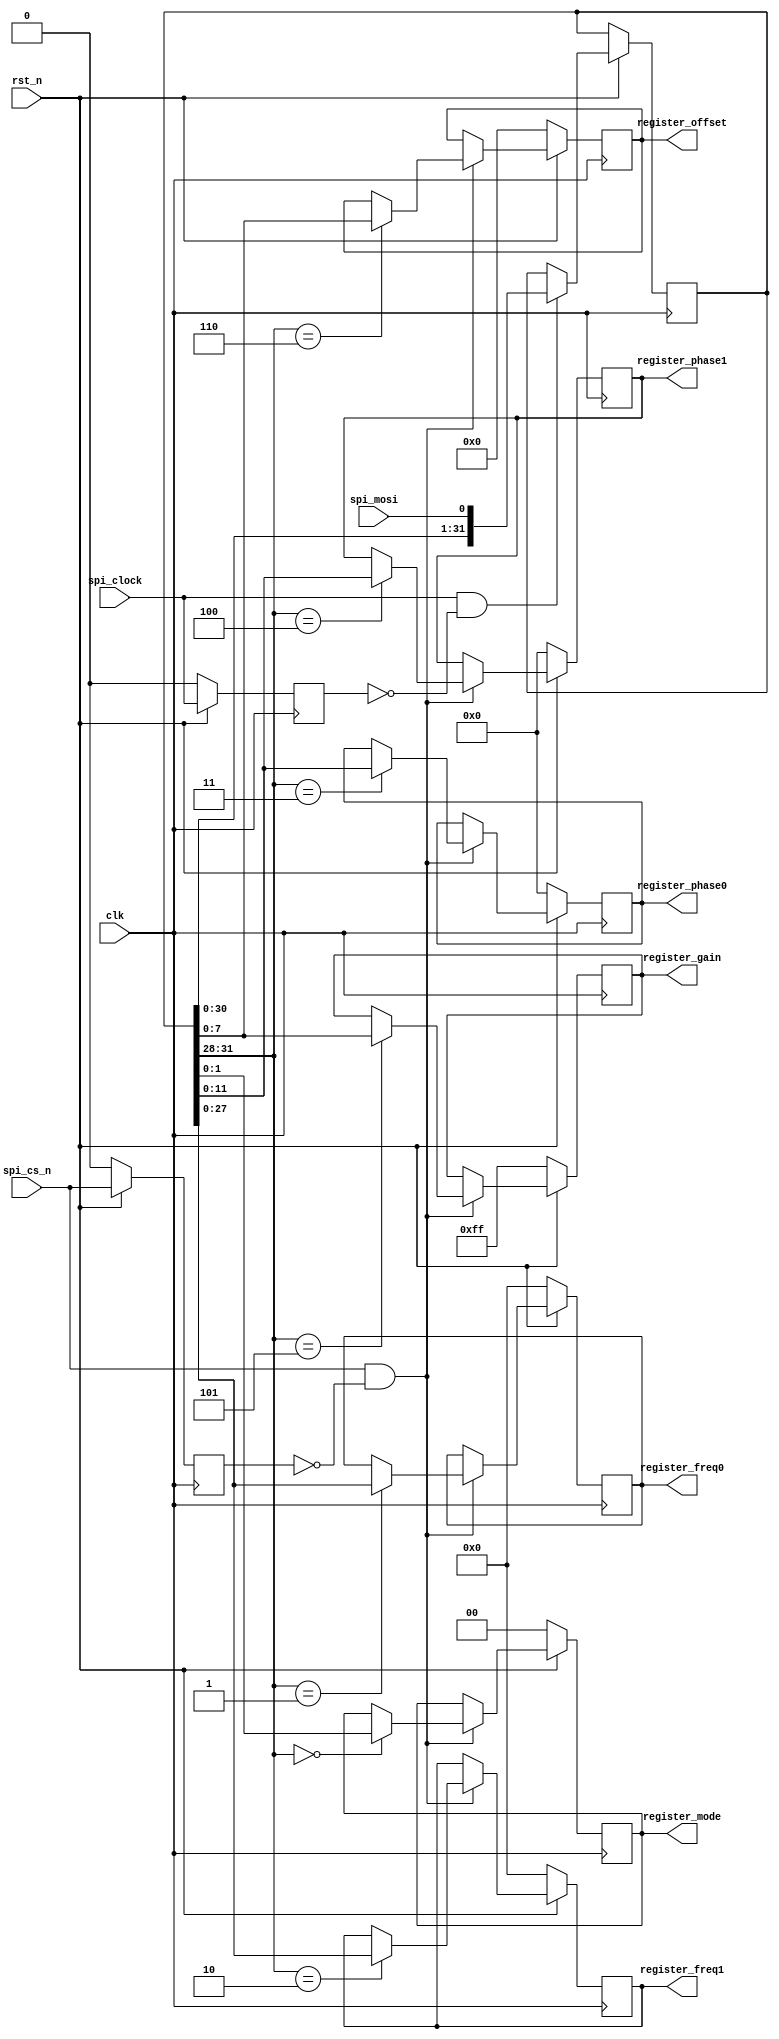
// spi_slave_interface.v
// SPI Slave Interface

`default_nettype none

module spi_slave_interface (
    
    // Clock and reset
    input  wire        clk,
    input  wire        rst_n,
    
    // SPI Interface
    input  wire        spi_clock,
    input  wire        spi_cs_n,
    input  wire        spi_mosi,

    // Registers
    output reg [27:0]  register_freq0,
    output reg [27:0]  register_freq1,
    output reg [11:0]  register_phase0,
    output reg [11:0]  register_phase1,
    output reg [1:0]   register_mode,
    output reg [7:0]   register_gain,
    output reg [7:0]   register_offset

);

    reg [31:0] shift_register;
    reg spi_clock_d;
    reg spi_cs_n_d;

    always @(posedge clk) begin
        if (!rst_n) begin
            spi_clock_d         <= 0;
            spi_cs_n_d          <= 0;
            register_freq0      <= 0;
            register_freq1      <= 0;
            register_phase0     <= 0;
            register_phase1     <= 0;
            register_mode       <= 0;
            register_gain       <= 8'hFF;
            register_offset     <= 0;
        end
        else begin
            
            // We delay our signals in order to detect edges
            spi_clock_d <= spi_clock;
            spi_cs_n_d  <= spi_cs_n;

            // We detect a rising edge on the clock signal
            // So we sample the spi_mosi signal
            if (spi_clock == 1 && spi_clock_d == 0) begin
                shift_register <= {shift_register[30:0], spi_mosi};
            end

            // If spi_cs_n goes low : we update our registers
            // We try to detect rising edges
            if (spi_cs_n == 1 && spi_cs_n_d == 0) begin

                // The bits [31:29] indicates wich registers we have to update
                // They are similar to an address
                case (shift_register[31:28])
                    
                    4'b0000 :
                        register_mode   <= shift_register[1:0];

                    4'b0001 :
                        register_freq0 <= shift_register[27:0];

                    4'b0010 :
                        register_freq1 <= shift_register[27:0];

                    4'b0011 : 
                        register_phase0 <= shift_register[11:0];

                    4'b0100 :
                        register_phase1 <= shift_register[11:0];
                    
                    4'b0101 :
                        register_gain   <= shift_register[7:0];
                    
                    4'b0110 :
                        register_offset <= shift_register[7:0];

                endcase

            end

        end

    end


endmodule